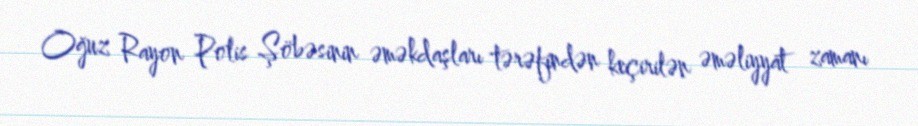
Oğuz Rayon Polis Şöbəsinin əməkdaşları tərəfindən keçirilən əməliyyat zamanı